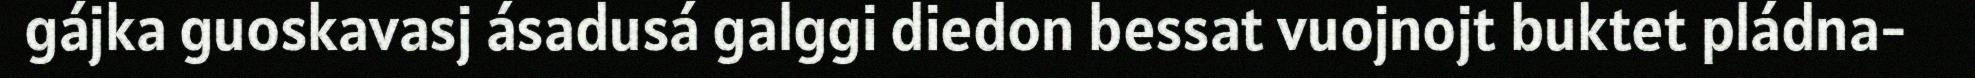
gájka guoskavasj ásadusá galggi diedon bessat vuojnojt buktet pládna-